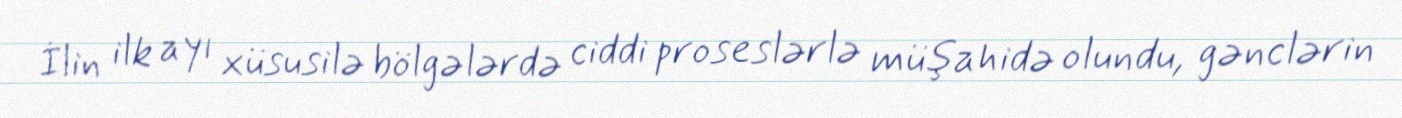
İlin ilk ayı xüsusilə bölgələrdə ciddi proseslərlə müşahidə olundu, gənclərin